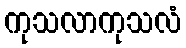
ကုသလာကုသလံ